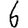
Digit: 6